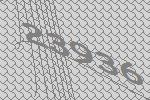
23936